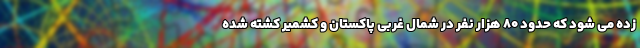
زده می شود که حدود ۸۰ هزار نفر در شمال غربی پاکستان و کشمیر کشته شده